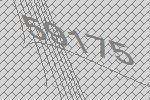
59175